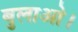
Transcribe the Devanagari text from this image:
बुलाओ।